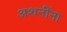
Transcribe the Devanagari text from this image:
अशनींना